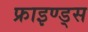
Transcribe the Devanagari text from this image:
फ्राइण्ड्स